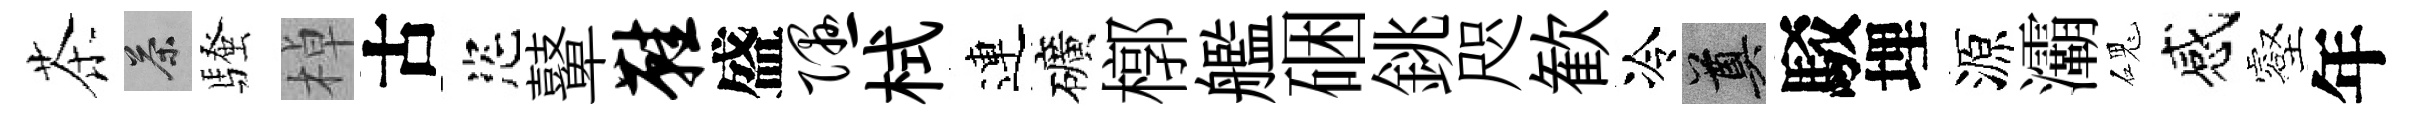
茶茶騷棹古恣鼙鞋盛隰栻連礦槨艦硱銚咫歓冷奠駁埋源灞磈感壑年